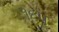
૧૬૫